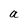
Character: a